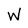
Character: W